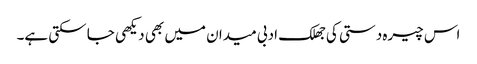
اس چیرہ دستی کی جھلک ادبی میدان میں بھی دیکھی جا سکتی ہے۔